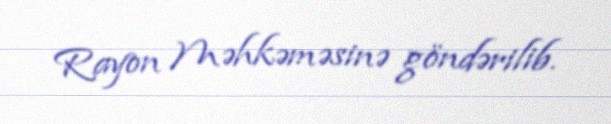
Rayon Məhkəməsinə göndərilib.